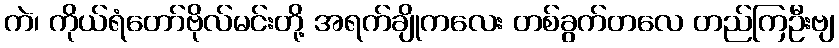
ကဲ၊ ကိုယ်ရံတော်ဗိုလ်မင်းတို့ အရက်ချိုကလေး တစ်ခွက်တလေ တည်ကြဦးဗျ